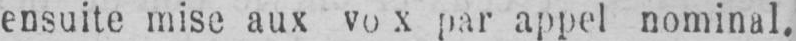
par appel nominal.